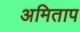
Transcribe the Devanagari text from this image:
अमिताप